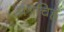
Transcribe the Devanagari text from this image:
प्रश्रचिह्न